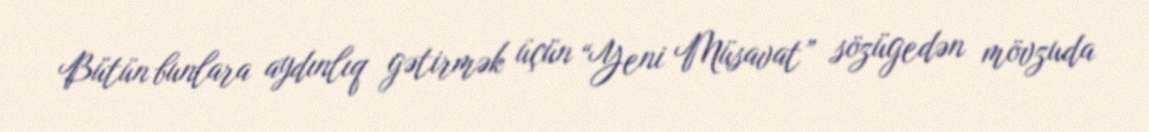
Bütün bunlara aydınlıq gətirmək üçün “Yeni Müsavat” sözügedən mövzuda